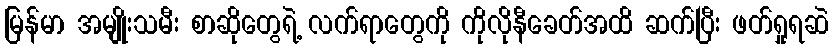
မြန်မာ အမျိုးသမီး စာဆိုတွေရဲ့ လက်ရာတွေကို ကိုလိုနီခေတ်အထိ ဆက်ပြီး ဖတ်ရှုရဆဲ